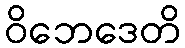
ဝိဘေဒေတိ